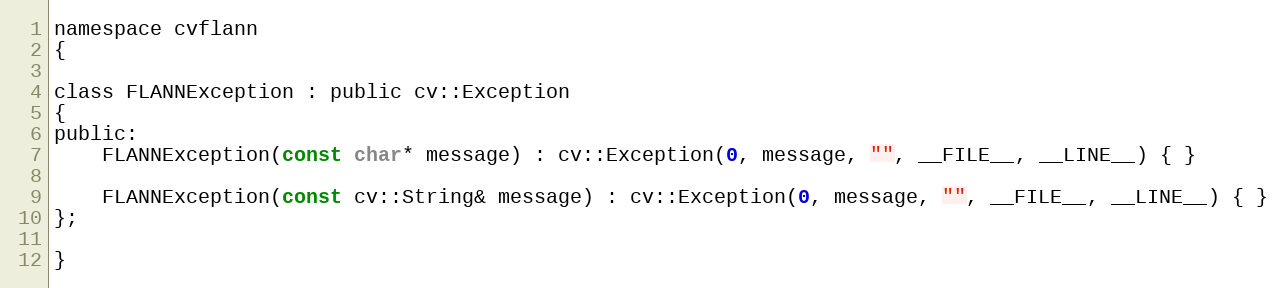
Language: C
namespace cvflann
{

class FLANNException : public cv::Exception
{
public:
    FLANNException(const char* message) : cv::Exception(0, message, "", __FILE__, __LINE__) { }

    FLANNException(const cv::String& message) : cv::Exception(0, message, "", __FILE__, __LINE__) { }
};

}